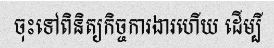
ចុះទៅពិនិត្យកិច្ចការងារហើយ ដើម្បី